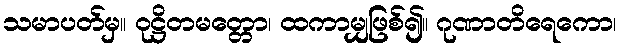
သမာပတ်မှ။ ဝုဋ္ဌိတမတ္တော၊ ထကာမျှဖြစ်၍။ ဂုဏာတိရေကော၊